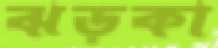
ঝড়কা